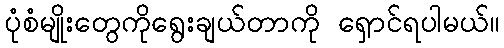
ပုံစံမျိုးတွေကိုရွေးချယ်တာကို ရှောင်ရပါမယ်။